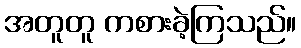
အတူတူ ကစားခဲ့ကြသည်။